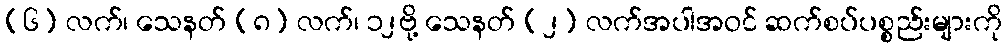
(၆) လက်၊ သေနတ် (၈) လက်၊ ၁၂ဗို့ သေနတ် (၂) လက်အပါအဝင် ဆက်စပ်ပစ္စည်းများကို